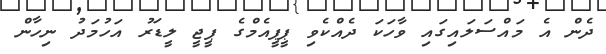
ދެން އެ މައްސަލައިގައި ވާހަކަ ދެއްކެވި ޕީޕީއެމްގެ ޕީޖީ ލީޑަރު އަހުމަދު ނިހާން